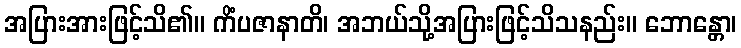
အပြားအားဖြင့်သိ၏။ ကိံပဇာနာတိ၊ အဘယ်သို့အပြားဖြင့်သိသနည်း။ ဘောန္တော၊